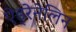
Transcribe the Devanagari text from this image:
ऐड्रेनेलिन